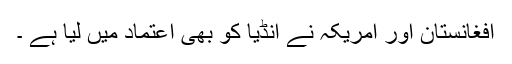
افغانستان اور امریکہ نے انڈیا کو بھی اعتماد میں لیا ہے ۔